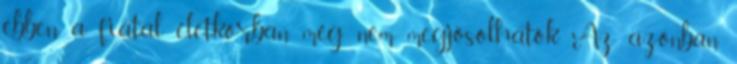
ebben a fiatal életkorban még nem megjósolhatók. Az azonban